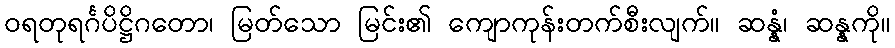
ဝရတုရင်္ဂပိဋ္ဌိဂတော၊ မြတ်သော မြင်း၏ ကျောကုန်းတက်စီးလျက်။ ဆန္နံ၊ ဆန္နကို။